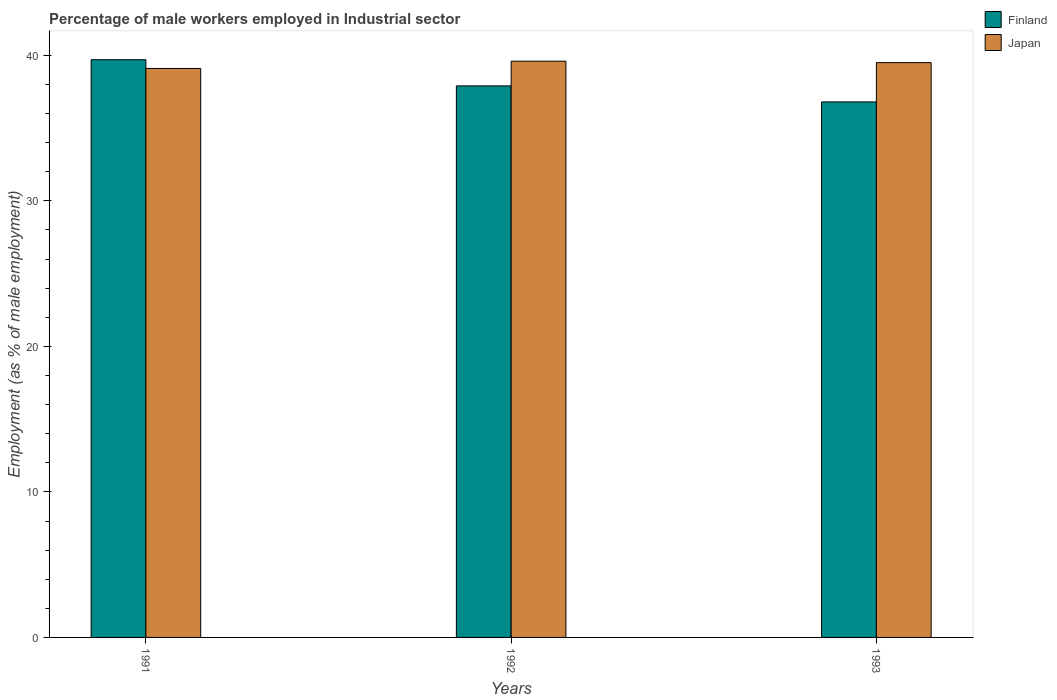
| Years | Finland | Japan |
 | --- | --- | --- |
 | 1991 | 39.7 | 39.1 |
 | 1992 | 37.9 | 39.6 |
 | 1993 | 36.8 | 39.5 |